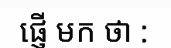
ផ្ញើ មក ថា :